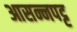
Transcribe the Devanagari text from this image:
आसन्नपट्ट